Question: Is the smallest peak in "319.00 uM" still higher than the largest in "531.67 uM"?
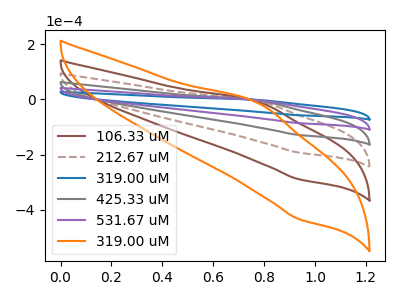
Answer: <think>The brown curve "106.33 uM" has an anodic peak at (0.80V, -11.10uA) and a cathodic peak at (0.95V, -342.90uA). The brown dashed curve "212.67 uM" has an anodic peak at (0.80V, -8.35uA) and a cathodic peak at (0.95V, -257.15uA). The blue curve "319.00 uM" has an anodic peak at (0.80V, -1.85uA) and a cathodic peak at (0.95V, -57.15uA). The gray curve "425.33 uM" has an anodic peak at (0.80V, -5.55uA) and a cathodic peak at (0.95V, -171.45uA). The purple curve "531.67 uM" has an anodic peak at (0.80V, -2.80uA) and a cathodic peak at (0.95V, -85.70uA). The orange curve "319.00 uM" has an anodic peak at (0.80V, -13.90uA) and a cathodic peak at (0.95V, -428.60uA).</think>
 <answer>The peaks in "319.00 uM" are neither all higher or all lower than the peaks in "531.67 uM".</answer>
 <eval>mixed</eval>